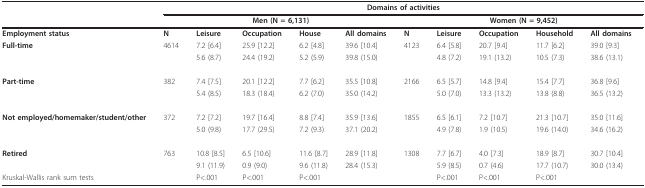
<table><thead><tr><td></td><td colspan="10"><b>Domains of activities</b></td></tr><tr><td></td><td colspan="5"><b>Men (N = 6,131)</b></td><td colspan="5"><b>Women (N = 9,452)</b></td></tr></thead><tbody><tr><td><b>Employment status</b></td><td><b>N</b></td><td><b>Leisure</b></td><td><b>Occupation</b></td><td><b>House</b></td><td><b>All domains</b></td><td><b>N</b></td><td><b>Leisure</b></td><td><b>Occupation</b></td><td><b>Household</b></td><td><b>All domains</b></td></tr><tr><td><b>Full-time</b></td><td>4614</td><td>7.2 [6.4]</td><td>25.9 [12.2]</td><td>6.2 [4.8]</td><td>39.6 [10.4]</td><td>4123</td><td>6.4 [5.8]</td><td>20.7 [9.4]</td><td>11.7 [6.2]</td><td>39.0 [9.3]</td></tr><tr><td></td><td></td><td>5.6 (8.7)</td><td>24.4 (19.2)</td><td>5.2 (5.9)</td><td>39.8 (15.0)</td><td></td><td>4.8 (7.2)</td><td>19.1 (13.2)</td><td>10.5 (7.3)</td><td>38.6 (13.1)</td></tr><tr><td><b>Part-time</b></td><td>382</td><td>7.4 [7.5]</td><td>20.1 [12.2]</td><td>7.7 [6.2]</td><td>35.5 [10.8]</td><td>2166</td><td>6.5 [5.7]</td><td>14.8 [9.4]</td><td>15.4 [7.7]</td><td>36.8 [9.6]</td></tr><tr><td></td><td></td><td>5.4 (8.5)</td><td>18.3 (18.4)</td><td>6.2 (7.0)</td><td>35.0 (14.2)</td><td></td><td>5.0 (7.0)</td><td>13.3 (13.2)</td><td>13.8 (8.8)</td><td>36.5 (13.2)</td></tr><tr><td><b>Not employed/homemaker/student/other</b></td><td>372</td><td>7.2 [7.2]</td><td>19.7 [16.4]</td><td>8.8 [7.4]</td><td>35.9 [13.6]</td><td>1855</td><td>6.5 [6.1]</td><td>7.2 [10.7]</td><td>21.3 [10.7]</td><td>35.0 [11.6]</td></tr><tr><td></td><td></td><td>5.0 (9.8)</td><td>17.7 (29.5)</td><td>7.2 (9.3)</td><td>37.1 (20.2)</td><td></td><td>4.9 (7.8)</td><td>1.9 (10.5)</td><td>19.6 (14.0)</td><td>34.6 (16.2)</td></tr><tr><td><b>Retired</b></td><td>763</td><td>10.8 [8.5]</td><td>6.5 [10.6]</td><td>11.6 [8.7]</td><td>28.9 [11.8]</td><td>1308</td><td>7.7 [6.7]</td><td>4.0 [7.3]</td><td>18.9 [8.7]</td><td>30.7 [10.4]</td></tr><tr><td></td><td></td><td>9.1 (11.9)</td><td>0.9 (9.0)</td><td>9.6 (11.8)</td><td>28.4 (15.3)</td><td></td><td>5.9 (8.5)</td><td>0.7 (4.6)</td><td>17.7 (10.7)</td><td>30.0 (13.4)</td></tr><tr><td>Kruskal-Wallis rank sum tests</td><td></td><td>P&lt;.001</td><td>P&lt;.001</td><td>P&lt;.001</td><td></td><td></td><td>P&lt;.001</td><td>P&lt;.001</td><td>P&lt;.001</td><td></td></tr></tbody></table>